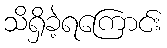
သိရှိခဲ့ရကြောင်း